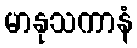
မာနုသကာနံ